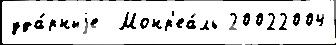
уда́рныjе  Монр'еа́ль 20022004